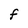
Character: F